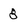
Character: 8